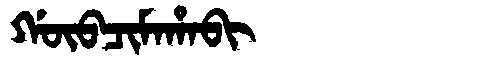
Manchu: ᡤᡡᠪᠴᡳᠮᠠᡥᠠᠪᡳ
Romanization: GŪBCIMAHABI